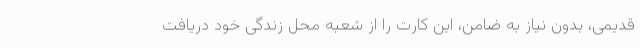
قدیمی، بدون نیاز به ضامن، این کارت را از شعبه محل زندگی خود دریافت